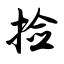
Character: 捡